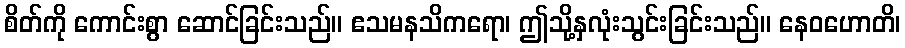
စိတ်ကို ကောင်းစွာ ဆောင်ခြင်းသည်။ ဧသမနသိကရော၊ ဤသို့နှလုံးသွင်းခြင်းသည်။ နေဝဟောတိ၊